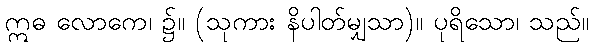
ဣဓ လောကေ၊ ၌။ (သုကား နိပါတ်မျှသာ)။ ပုရိသော၊ သည်။